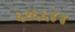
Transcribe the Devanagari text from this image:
६२६६४४